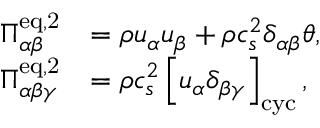
\begin{array} { r l } { \Pi _ { \alpha \beta } ^ { \mathrm { e q , 2 } } } & { = \rho u _ { \alpha } u _ { \beta } + \rho c _ { s } ^ { 2 } \delta _ { \alpha \beta } \theta , } \\ { \Pi _ { \alpha \beta \gamma } ^ { \mathrm { e q , 2 } } } & { = \rho c _ { s } ^ { 2 } \left[ u _ { \alpha } \delta _ { \beta \gamma } \right] _ { \mathrm { c y c } } , } \end{array}